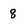
Character: 8